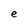
Character: e